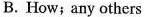
B. How;any others